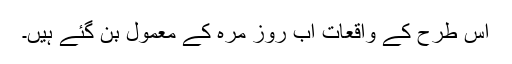
اس طرح کے واقعات اب روز مرہ کے معمول بن گئے ہیں۔